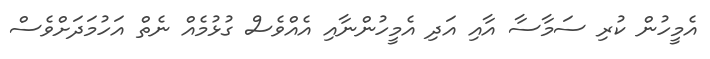
އެމީހުން ކުރި ސަމާސާ އާއި އަދި އެމީހުންނާއި އެއްވެސް ގުޅުމެއް ނެތް އަހުމަދަށްވެސް